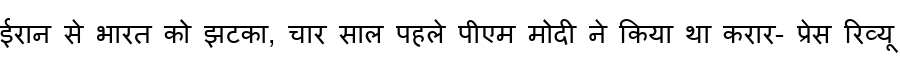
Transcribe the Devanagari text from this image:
ईरान से भारत को झटका, चार साल पहले पीएम मोदी ने किया था करार- प्रेस रिव्यू